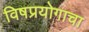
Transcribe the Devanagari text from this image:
विषप्रयोगाचा